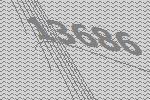
13686